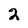
Character: 2